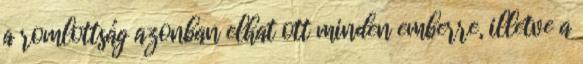
a romlottság azonban elhat ott minden emberre, illetve a